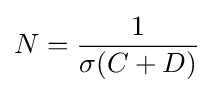
N={\frac {1}{\sigma (C+D)}}